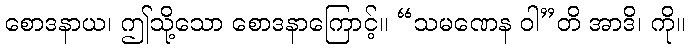
စောဒနာယ၊ ဤသို့သော စောဒနာကြောင့်။ “သမဏေန ဝါ”တိ အာဒိ၊ ကို။